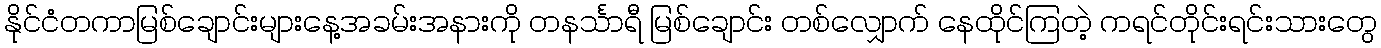
နိုင်ငံတကာမြစ်ချောင်းများနေ့အခမ်းအနားကို တနင်္သာရီ မြစ်ချောင်း တစ်လျှောက် နေထိုင်ကြတဲ့ ကရင်တိုင်းရင်းသားတွေ